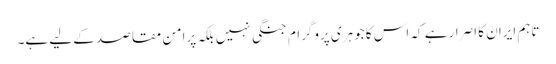
تاہم ایران کا اصرار ہے کہ اس کا جوہری پروگرام جنگی نہیں بلکہ پرامن مقاصد کے لیے ہے۔